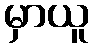
မှာယူ